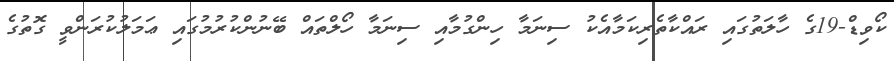
ކޯވިޑް-19ގެ ހާލަތުގައި ރައްކާތެރިކަމާއެކު ސިނަމާ ހިންގުމާއި ސިނަމާ ހޯލްތައް ބޭނުންކުރުމުގައި ޢަމަލުކުރަންވީ ގޮތުގެ